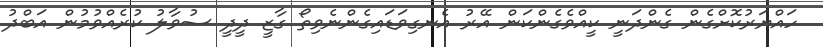
ހައްޔަރުކޮށްގެން ގެންދަނީ ކީއްވެގެންކަން އޭރު އެނގިވަޑައިގެންނެވިތޯ ގާޒީ ދީދީ ސުވާލު ކުރެއްވުމުން އަބްދު